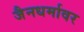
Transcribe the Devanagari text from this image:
जैनधर्मावर